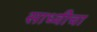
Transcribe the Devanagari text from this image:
साध्वीचा